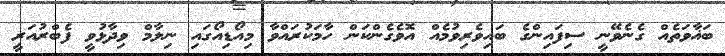
ބަޣާވަތެއް ގެނެވޭނީ ސިފައިންގެ ބައިވެރިވުމެއް އޮވެގެންކަން ހާމަކުރައްވާ މިއޯޑިއޯގައި ނިލާމް ވިދާޅުވީ ފެބްރުއަރީ